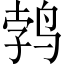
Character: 鹁